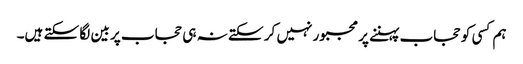
ہم کسی کو حجاب پہننے پر مجبور نہیں کر سکتے نہ ہی حجاب پر بین لگا سکتے ہیں۔